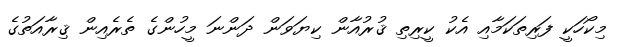
މިކޯހަކީ ފަރިތަކަމާއި އެކު ކީރިތި ޤުރުއާން ކިޔަވަން ދަންނަ މީހުންގެ ތެރެއިން ޤިރާއަތުގެ